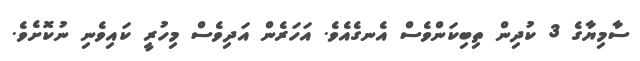
ސާމިޔާގެ 3 ކުދިން ތިބިކަންވެސް އެނގެއެވެ. އަހަރެން އަދިވެސް މިހުރީ ކައިވެނި ނުކޮށެވެ.